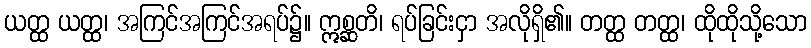
ယတ္ထ ယတ္ထ၊ အကြင်အကြင်အရပ်၌။ ဣစ္ဆတိ၊ ရပ်ခြင်းငှာ အလိုရှိ၏။ တတ္ထ တတ္ထ၊ ထိုထိုသို့သော